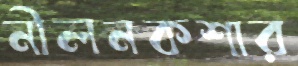
নীলনকশার